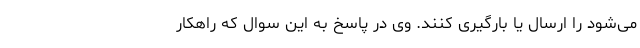
می‌شود را ارسال یا بارگیری کنند. وی در پاسخ به این سوال که راهکار